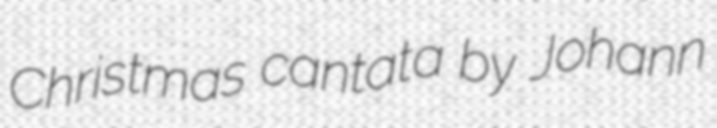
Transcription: Christmas cantata by Johann